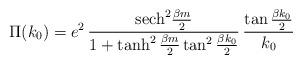
LaTeX: \begin{align*}\Pi (k_{0}) = e^{2}\,{{\rm sech}^{2} {\beta m\over 2}\over 1 +\tanh^{2} {\beta m\over 2} \tan^{2} {\beta k_{0}\over 2}}\,{\tan{\beta k_{0}\over 2}\over k_{0}}\end{align*}